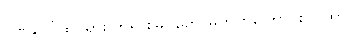
ဂုဏ်ပေါ်ထင်ရှား ဘုရားမြင်တော်မူတတ်ကြောင်း ဂါထာ